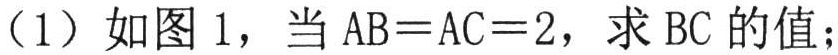
（1）如图 1，当 \(AB = AC = 2\)，求 \(BC\) 的值；